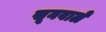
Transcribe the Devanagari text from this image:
खूनवाले